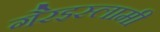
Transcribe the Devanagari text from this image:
गैरइस्लामी